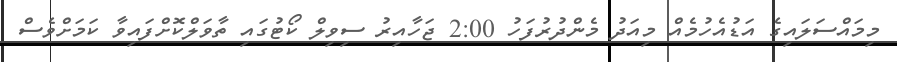
މިމައްސަލައިގެ އަޑުއެހުމެއް މިއަދު މެންދުރުފަހު 2:00 ޖަހާއިރު ސިވިލް ކޯޓުގައި ތާވަލްކޮށްފައިވާ ކަމަށްވެސް